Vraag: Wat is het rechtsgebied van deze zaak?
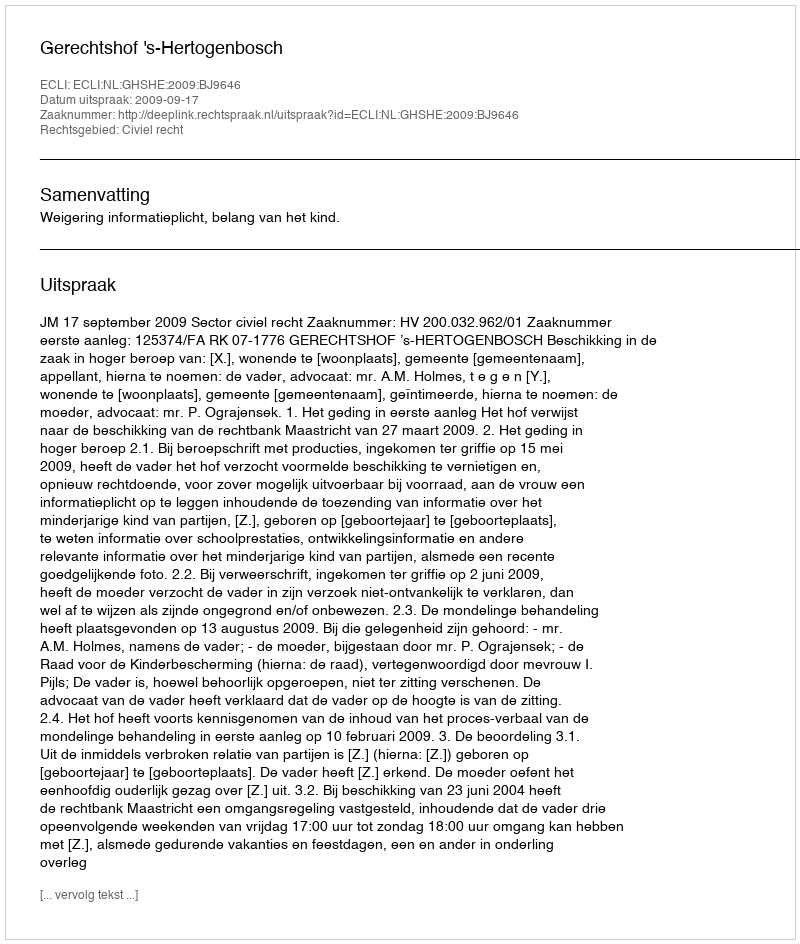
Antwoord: Civiel recht